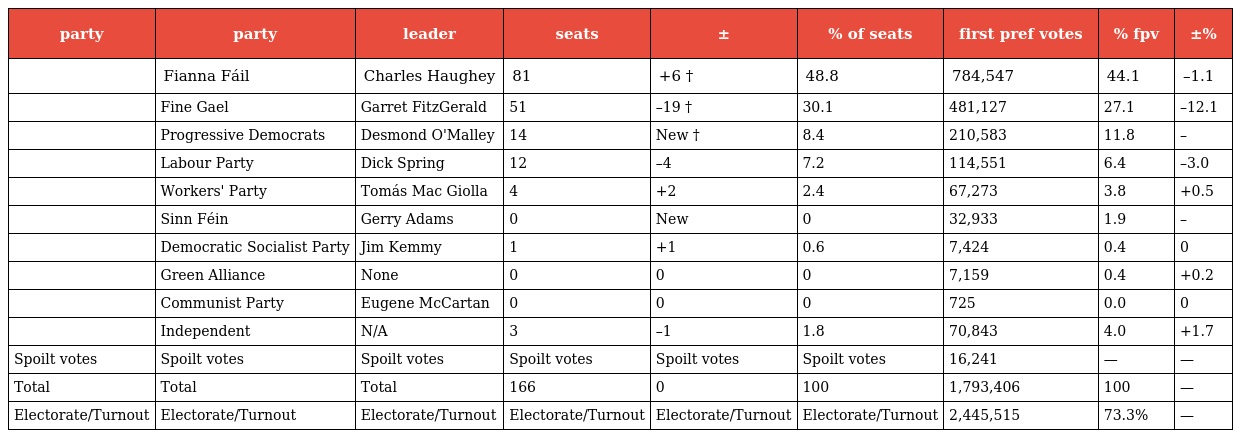
| party | party | leader | seats | ± | % of seats | first pref votes | % fpv | ±% |
 | --- | --- | --- | --- | --- | --- | --- | --- | --- |
 |  | Fianna Fáil | Charles Haughey | 81 | +6 † | 48.8 | 784,547 | 44.1 | –1.1 |
 |  | Fine Gael | Garret FitzGerald | 51 | –19 † | 30.1 | 481,127 | 27.1 | –12.1 |
 |  | Progressive Democrats | Desmond O'Malley | 14 | New † | 8.4 | 210,583 | 11.8 | – |
 |  | Labour Party | Dick Spring | 12 | –4 | 7.2 | 114,551 | 6.4 | –3.0 |
 |  | Workers' Party | Tomás Mac Giolla | 4 | +2 | 2.4 | 67,273 | 3.8 | +0.5 |
 |  | Sinn Féin | Gerry Adams | 0 | New | 0 | 32,933 | 1.9 | – |
 |  | Democratic Socialist Party | Jim Kemmy | 1 | +1 | 0.6 | 7,424 | 0.4 | 0 |
 |  | Green Alliance | None | 0 | 0 | 0 | 7,159 | 0.4 | +0.2 |
 |  | Communist Party | Eugene McCartan | 0 | 0 | 0 | 725 | 0.0 | 0 |
 |  | Independent | N/A | 3 | –1 | 1.8 | 70,843 | 4.0 | +1.7 |
 | Spoilt votes | Spoilt votes | Spoilt votes | Spoilt votes | Spoilt votes | Spoilt votes | 16,241 | — | — |
 | Total | Total | Total | 166 | 0 | 100 | 1,793,406 | 100 | — |
 | Electorate/Turnout | Electorate/Turnout | Electorate/Turnout | Electorate/Turnout | Electorate/Turnout | Electorate/Turnout | 2,445,515 | 73.3% | — |